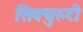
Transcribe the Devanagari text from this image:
सिक्युरुटी